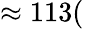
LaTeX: \approx 113(\